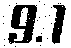
9.1